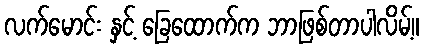
လက်မောင်း နှင့် ခြေထောက်က ဘာဖြစ်တာပါလိမ့်။